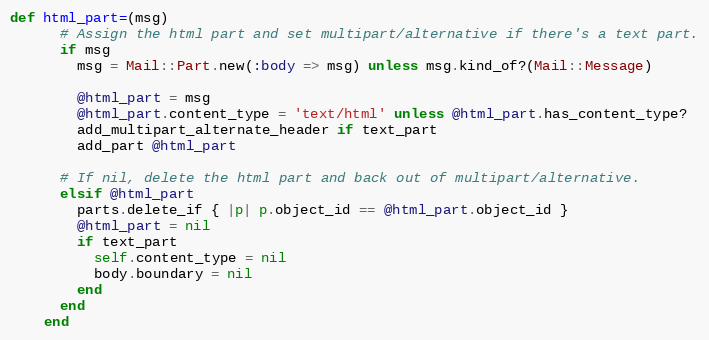
Language: Ruby
def html_part=(msg)
      # Assign the html part and set multipart/alternative if there's a text part.
      if msg
        msg = Mail::Part.new(:body => msg) unless msg.kind_of?(Mail::Message)

        @html_part = msg
        @html_part.content_type = 'text/html' unless @html_part.has_content_type?
        add_multipart_alternate_header if text_part
        add_part @html_part

      # If nil, delete the html part and back out of multipart/alternative.
      elsif @html_part
        parts.delete_if { |p| p.object_id == @html_part.object_id }
        @html_part = nil
        if text_part
          self.content_type = nil
          body.boundary = nil
        end
      end
    end